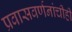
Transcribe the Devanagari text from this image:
प्रवासवर्णनांचीही